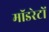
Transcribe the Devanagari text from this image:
मॉडरेटों